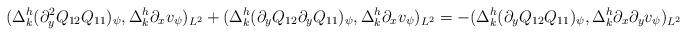
LaTeX: \begin{align*}(\Delta^h_k (\partial_y^2Q_{12}Q_{11})_\psi, \Delta^h_k \partial_x v_\psi)_{L^2}+(\Delta^h_k (\partial_yQ_{12}\partial_yQ_{11})_\psi, \Delta^h_k \partial_x v_\psi)_{L^2}=-(\Delta^h_k (\partial_yQ_{12}Q_{11})_\psi, \Delta^h_k \partial_x\partial_y v_\psi)_{L^2}\end{align*}